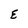
Character: E